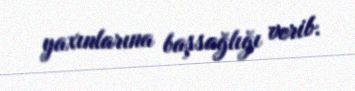
yaxınlarına başsağlığı verib.